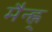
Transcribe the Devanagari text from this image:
मैन्ह्न्